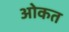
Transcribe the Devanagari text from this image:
ओकत